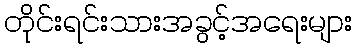
တိုင်းရင်းသားအခွင့်အရေးများ